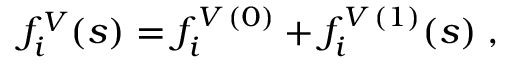
f _ { i } ^ { V } ( s ) = f _ { i } ^ { V \, ( 0 ) } + f _ { i } ^ { V \, ( 1 ) } ( s ) \; ,